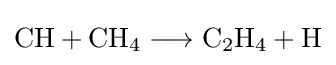
{\mathrm {CH} {}+{}\mathrm {CH} {\vphantom {A}}_{\smash[{t}]{4}}{}\mathrel {\longrightarrow } {}\mathrm {C} {\vphantom {A}}_{\smash[{t}]{2}}\mathrm {H} {\vphantom {A}}_{\smash[{t}]{4}}{}+{}\mathrm {H} }